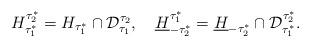
LaTeX: \begin{align*} H_{\tau_1^*}^{\tau_2^*}=H_{\tau_1^*}\cap \mathcal{D}_{\tau_1}^{ \tau_2},\quad\underline{H}_{-\tau_2^*}^{\tau_1^*}=\underline{H}_{-\tau_2^*}\cap \mathcal{D}_{\tau_1^*}^{ \tau_2^*}.\end{align*}